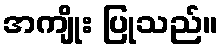
အကျိုး ပြုသည်။